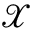
\mathcal { X }